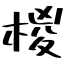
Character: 椶